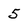
Character: 5